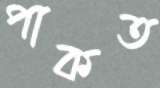
পাকত